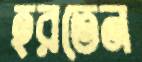
হরতেন